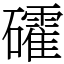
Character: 礭